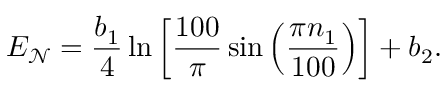
E _ { \mathcal { N } } = \frac { b _ { 1 } } { 4 } \ln \left[ \frac { 1 0 0 } { \pi } \sin \left( \frac { \pi n _ { 1 } } { 1 0 0 } \right) \right] + b _ { 2 } .